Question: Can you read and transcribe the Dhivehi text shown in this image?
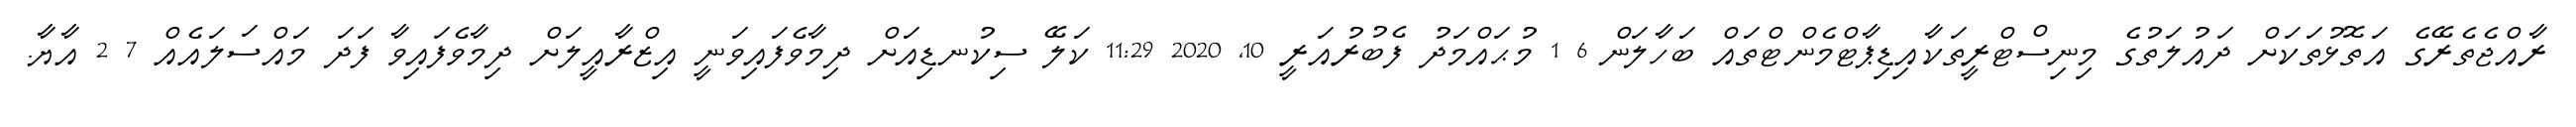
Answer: ރާއްޖެތެރޭގެ އަތޮޅުތަކަށް ދައުލަތުގެ މިނިސްޓްރީތަކާއިޑިޕާޓްމެންޓްތައް ބަހާލަން 6 1 މުޙައްމަދު ފެބުރުއަރީ 10, 2020 11:29 ކަލޭ ސިކުނޑިއަށް ދިމާވެފައިވަނީ އިޒްރާއީލަށް ދިމާވެފައިވާ ފަދަ މައްސަލައެއް 7 2 އާޔާ.